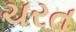
ચરત